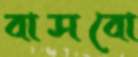
বাসবো